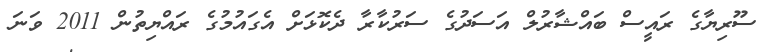
ސޫރިޔާގެ ރައީސް ބައްޝާރުލް އަސަދުގެ ސަރުކާރާ ދެކޮޅަށް އެގައުމުގެ ރައްޔިތުން 2011 ވަނަ